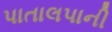
પાતાલપાની